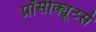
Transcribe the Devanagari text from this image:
प्रॉसीक्यूटर्स